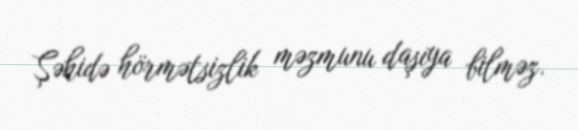
Şəhidə hörmətsizlik məzmunu daşıya bilməz.